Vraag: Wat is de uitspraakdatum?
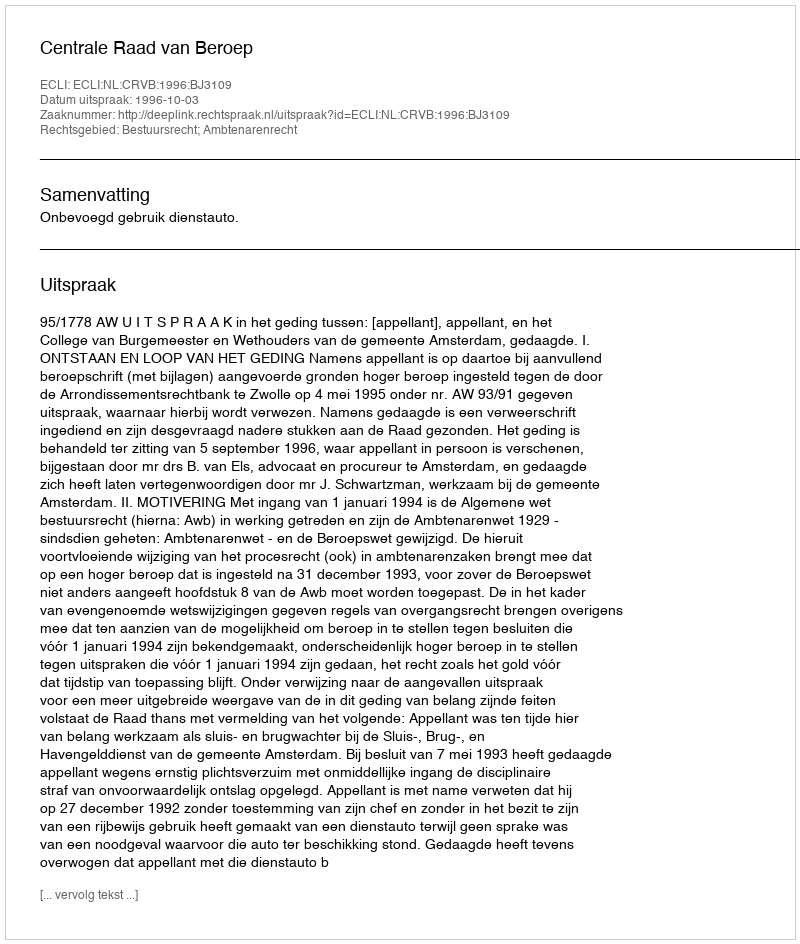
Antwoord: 1996-10-03